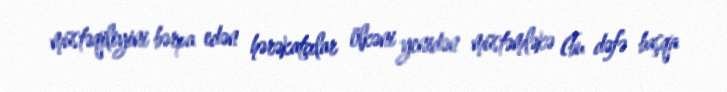
müstəqiliyini bərpa edən hərəkatçılar ölkəni yenidən müstəmləkə (bu dəfə başqa